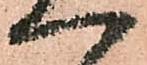
へ